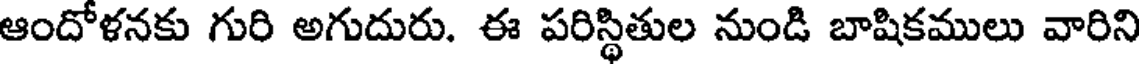
ఆందోళనకు గురి అగుదురు. ఈ పరిస్థితుల నుండి బాషికములు వారిని